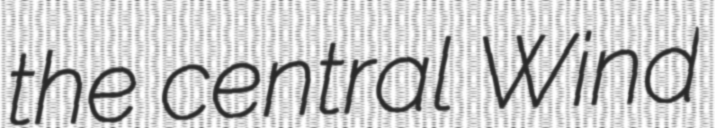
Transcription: the central Wind